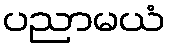
ပညာမယံ